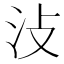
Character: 𣲏